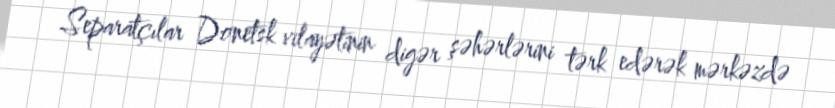
Separatçılar Donetsk vilayətinin digər şəhərlərini tərk edərək mərkəzdə